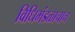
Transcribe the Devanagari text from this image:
विधिमंडळाचाच